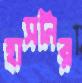
হাসনির